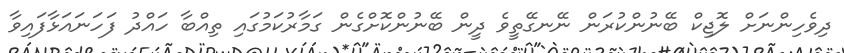
ދިވެހިންނަށް ލޮޖިކް ބޭނުންކުރަން ނޭނގޭތީވެ ދީން ބޭނުންކޮށްގެން ގަމާރުކަމުގައި ތިއްބާ ހައްދު ފަހަނައަޅާފައިވާ